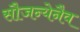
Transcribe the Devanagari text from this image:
सौजन्येनैव